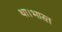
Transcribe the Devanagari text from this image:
था।भारत